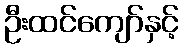
ဦးထင်ကျော်နှင့်